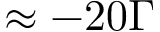
\approx - 2 0 \Gamma